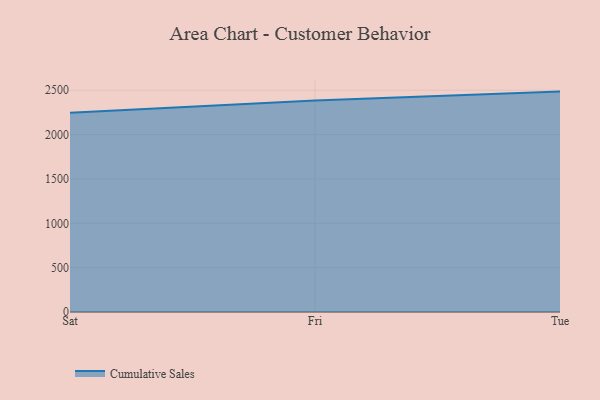
{"axis": {"x": "Day", "y": "Bounce Rate (%)"}, "legend": ["Cumulative Sales"], "data": [{"x": "Sat", "y": 2246.6, "type": "Cumulative Sales"}, {"x": "Fri", "y": 2385.3, "type": "Cumulative Sales"}, {"x": "Tue", "y": 2484.8, "type": "Cumulative Sales"}]}